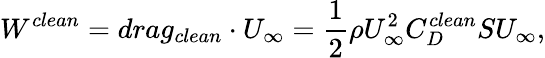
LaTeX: W^{clean}=drag_{clean}\cdot U_{\infty}=\frac{1}{2}\rho U_{\infty}^{2}C_{D}^{clean}SU_{\infty},